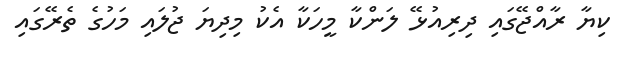
ކިޔާ ރާއްޖޭގައި ދިރިއުޅޭ ލަންކާ މީހަކާ އެކު މިދިޔަ ޖުލައި މަހުގެ ތެރޭގައި